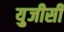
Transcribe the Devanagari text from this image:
यु़जीसी